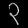
Digit: ၃